Lunatic asylums in Bengal annual reports 1912-1924 - 1912-1924
Year: 1912
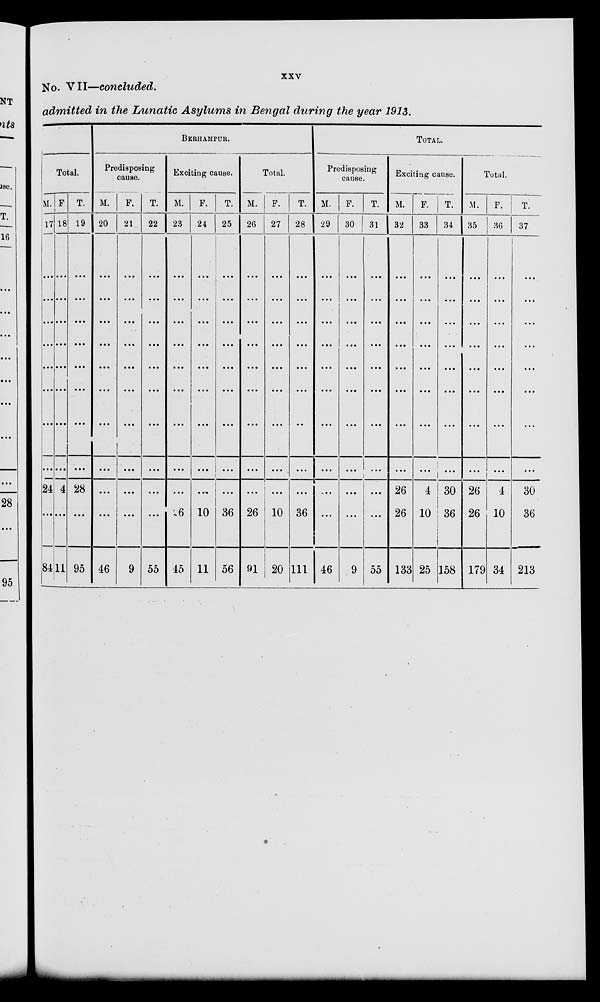
xxv
No. VII—concluded.
admitted in the Lunatic Asylums in Bengal during the year 1913.
Total.
M.
17
...
...
...
...
...
...
...
...
24
...
84
F.
18
...
...
...
...
...
...
...
...
4
...
11
T.
19
...
...
...
...
...
...
...
...
28
...
95
BERHAMPUR.
Predisposing
cause.
M.
20
...
...
...
...
...
...
...
...
...
...
46
F.
21
...
...
...
...
...
...
...
...
...
...
9
T.
22
...
...
...
...
...
...
...
...
...
...
55
Exciting cause.
M.
23
...
...
...
...
...
...
...
...
...
26
45
F.
24
...
...
...
...
...
...
...
...
...
10
11
T.
25
...
...
...
...
...
...
...
...
...
36
56
Total.
M.
26
...
...
...
...
...
...
...
...
...
26
91
F.
27
...
...
...
...
...
...
...
...
...
10
20
T.
28
...
...
...
...
...
...
...
...
...
36
111
TOTAL.
Predisposing
cause.
M.
29
...
...
...
...
...
...
...
...
...
...
46
F.
30
...
...
...
...
...
...
...
...
...
...
9
T.
31
...
...
...
...
...
...
...
...
...
...
55
Exciting cause.
M.
32
...
...
...
...
...
...
...
...
26
26
133
F.
33
...
...
...
...
...
...
...
...
4
10
25
T.
34
...
...
...
...
...
...
...
...
30
36
158
Total.
M.
35
...
...
...
...
...
...
...
...
26
26
179
F.
36
...
...
...
...
...
...
...
...
4
10
34
T.
37
...
...
...
...
...
...
...
30
36
213